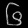
Digit: ၆